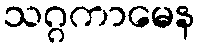
သဂ္ဂကာမေန